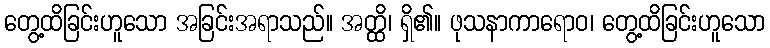
တွေ့ထိခြင်းဟူသော အခြင်းအရာသည်။ အတ္ထိ၊ ရှိ၏။ ဖုသနာကာရောဝ၊ တွေ့ထိခြင်းဟူသော